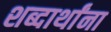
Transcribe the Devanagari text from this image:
शब्दार्थांना